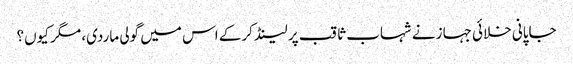
جاپانی خلائی جہاز نے شہاب ثاقب پر لینڈ کرکے اس میں گولی ماردی، مگر کیوں؟